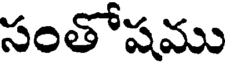
సంతోషము